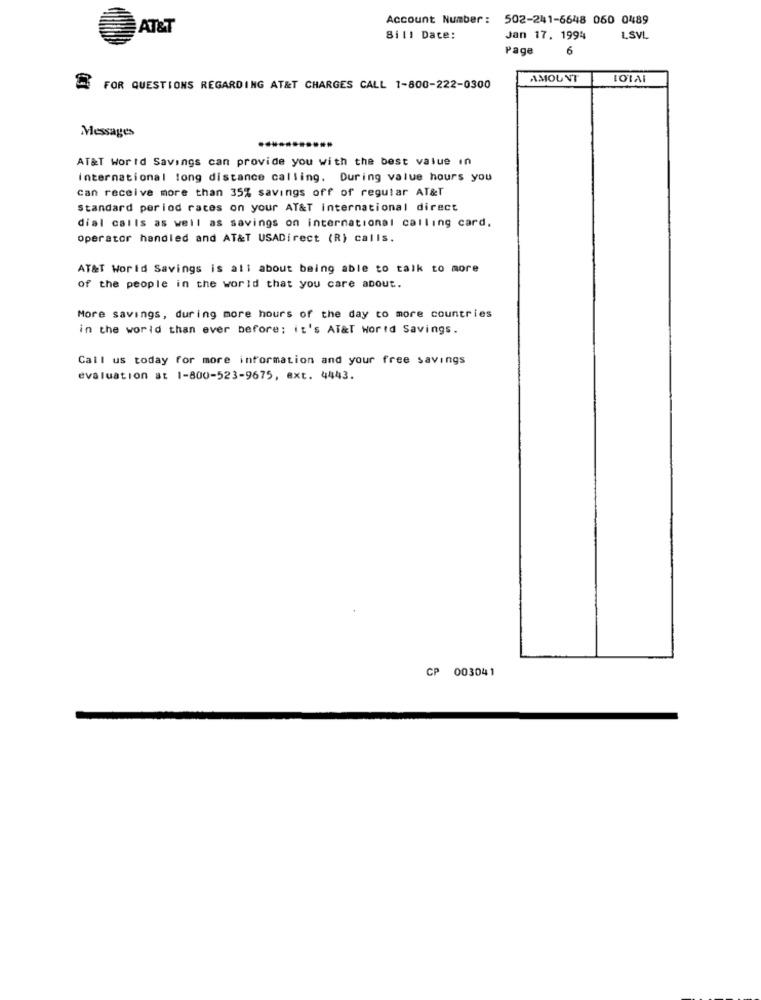
Account Number : 502-241-6648 060 0489
AT&T
Bill Date:
Jan 17. 1994
1.SVL
Page
6
AMOUNT
IOTAI
FOR QUESTIONS REGARDING AT&T CHARGES CALL 1-800-222-0300
Messages
AT&T World Savings can provide you with the best value in
international long distance calling. During value hours you
can receive more than 35% savings off of regular AT&T
Standard period rates on your AT&T international direct
dial calls as well as savings on international calling card.
Operator handled and AT&T USADirect (R) calls.
AT&T World Savings is all about being able to talk to more
of the people in the world that you care about.
More savings, during more hours of the day to more countries
in the world than ever before: it's AT&T Wortd Savings.
Call us today for more information and your free savings
evaluation at 1-800-523-9675, ext. 4443.
CP 003041